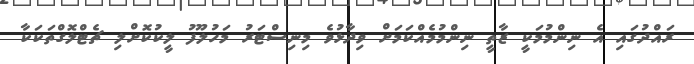
ރައްދުގައި އެ ނިންމުމަކީ ޒާތީ ނިންމުމެއްކަމަށް ވިދާޅުވެ މިނިސްޓަރު މަހުލޫފު ލީކުކޮށްލި ޗެޓްލޮގްތަކަކާ